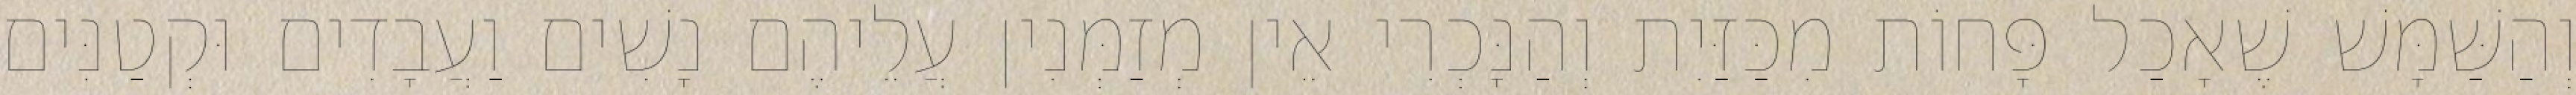
וְהַשַּׁמָּשׁ שֶׁאָכַל פָּחוֹת מִכַּזַּיִת וְהַנָּכְרִי אֵין מְזַמְּנִין עֲלֵיהֶם נָשִׁים וַעֲבָדִים וּקְטַנִּים